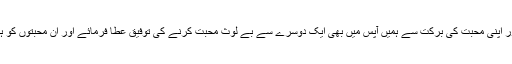
اللہ پاک ہم سب کے دلوں کو اپنی محبت سے بھر دے اور اپنی محبت کی برکت سے ہمیں آپس میں بھی ایک دوسرے سے بے لوث محبت کرنے کی توفیق عطا فرمائے اور ان محبتوں کو ہمیشہ قائم رکھے اور جنت میں بھی ہمیں اکھٹا فرما دے۔